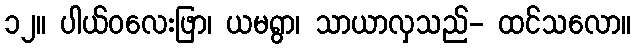
၁၂။ ပါယ်ဝလေးဖြာ၊ ယမရွာ၊ သာယာလှသည်- ထင်သလော။